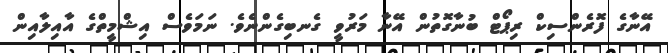
އޭނާގެ ފޮރެންސިކް ރިޕޯޓް ބުނާގޮތުން އޭނާ މަރުވީ ގެނބިގެންނެވެ. ނަމަވެސް އިޝްމީތްގެ އާއިލާއިން